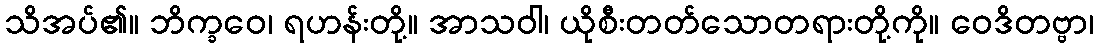
သိအပ်၏။ ဘိက္ခဝေ၊ ရဟန်းတို့။ အာသဝါ၊ ယိုစီးတတ်သောတရားတို့ကို။ ဝေဒိတဗ္ဗာ၊